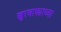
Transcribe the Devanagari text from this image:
खुरचाफ्याच्या